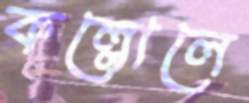
কল্লোলে